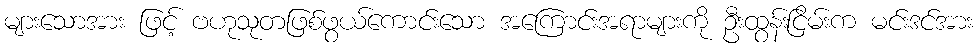
များသောအား ဖြင့် ဗဟုသုတဖြစ်ဖွယ်ကောင်းသော အကြောင်းအရာများကို ဦးထွန်းငြိမ်းက မင်းဒင်အား